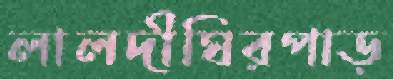
লালদীঘিরপাড়